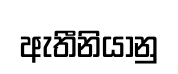
ඇතීනියානු